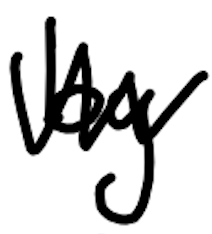
Text: by
Cross-out: zig-zag
Writing tool: digital_black